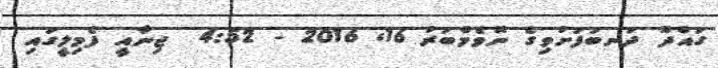
ގައްދޫ ދަނބުފަށުވިގެ ނޮވެމްބަރު 16